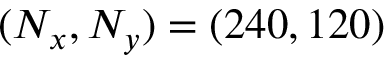
( N _ { x } , N _ { y } ) = ( 2 4 0 , 1 2 0 )